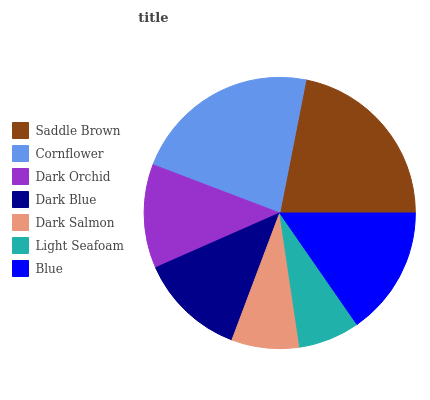
| Saddle Brown | Cornflower | Dark Orchid | Dark Blue | Dark Salmon | Light Seafoam | Blue |
 | --- | --- | --- | --- | --- | --- | --- |
 | 22% | 22.3% | 12.4% | 12.7% | 8.07% | 7.29% | 15.4% |